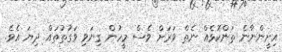
އިށީންނާނެ ތަންކޮޅެއް ނެތް ވަރަށް ވެސް މީހުން ގިނަވި ވަގުތުތައް ދިޔަ އެވެ.